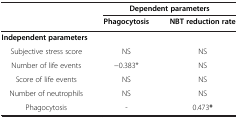
<table><thead><tr><td rowspan="2"><b> </b></td><td colspan="2"><b>Dependent parameters</b></td></tr><tr><td><b>Phagocytosis</b></td><td><b>NBT reduction rate</b></td></tr></thead><tbody><tr><td><b>Independent parameters</b></td><td> </td><td> </td></tr><tr><td> Subjective stress score</td><td>NS</td><td>NS</td></tr><tr><td> Number of life events</td><td>−0.383*</td><td>NS</td></tr><tr><td> Score of life events</td><td>NS</td><td>NS</td></tr><tr><td> Number of neutrophils</td><td>NS</td><td>NS</td></tr><tr><td> Phagocytosis</td><td>-</td><td>0.473<b>*</b></td></tr></tbody></table>